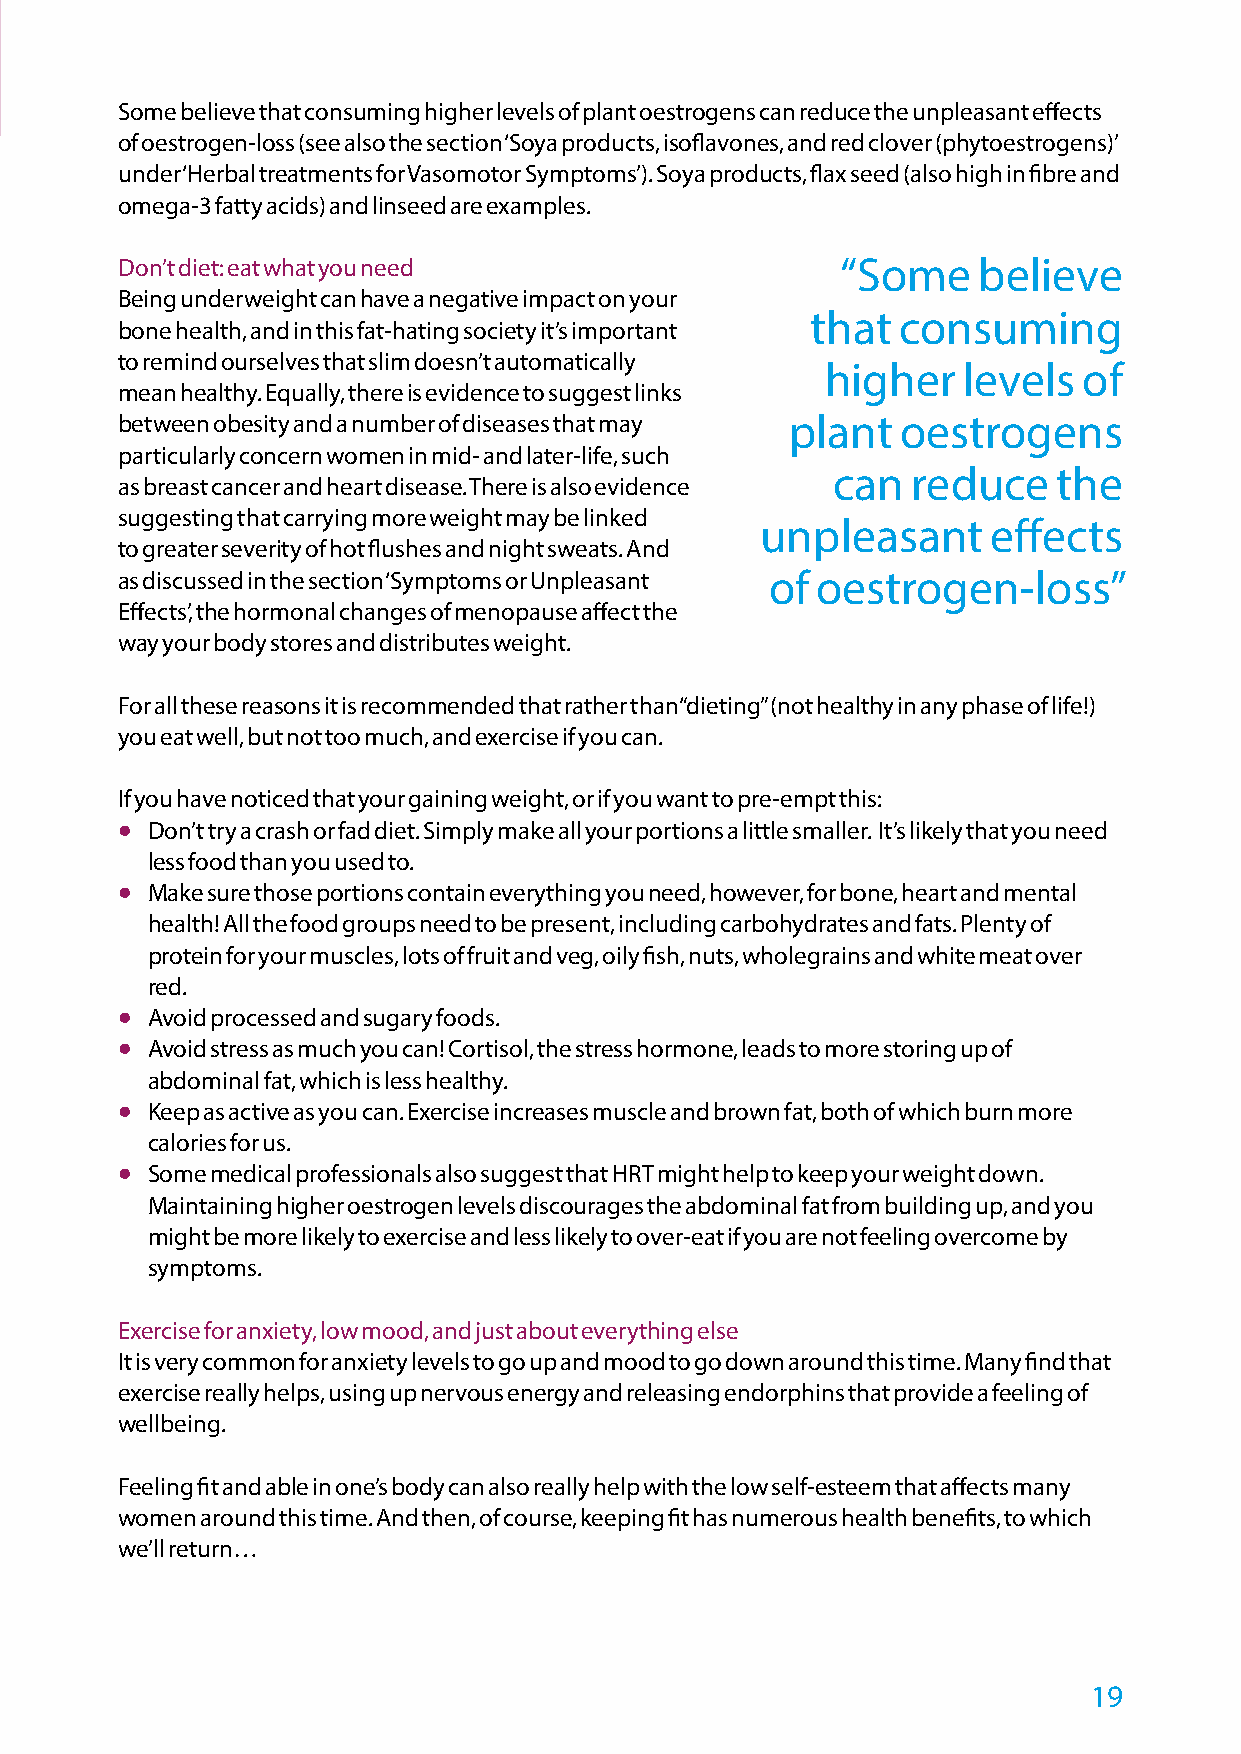
Some believe that consuming higher levels of plant oestrogens can reduce the unpleasant effects
 of oestrogen-loss (see also the section ‘Soya products, isoflavones, and red clover (phytoestrogens)’
 under ‘Herbal treatments for Vasomotor Symptoms’). Soya products, flax seed (also high in fibre and
 omega-3 fatty acids) and linseed are examples.
 Don’t diet: eat what you need                   “Some    believe
 Being underweight can have a negative impact on your
 that consuming
 bone health, and in this fat-hating society it’s important
 to remind ourselves that slim doesn’t automatically
 higher   levels  of
 mean healthy. Equally, there is evidence to suggest links
 between obesity and a number of diseases that may plant oestrogens
 particularly concern women in mid- and later-life, such
 can  reduce    the
 as breast cancer and heart disease. There is also evidence
 suggesting that carrying more weight may be linked
 unpleasant      effects
 to greater severity of hot flushes and night sweats. And
 as discussed in the section ‘Symptoms or Unpleasant of oestrogen-loss”
 Effects’, the hormonal changes of menopause affect the
 way your body stores and distributes weight.
 For all these reasons it is recommended that rather than “dieting” (not healthy in any phase of life!)
 you eat well, but not too much, and exercise if you can.
 If you have noticed that your gaining weight, or if you want to pre-empt this:
 •
 Don’t try a crash or fad diet. Simply make all your portions a little smaller. It’s likely that you need
 less food than you used to.
 •
 Make sure those portions contain everything you need, however, for bone, heart and mental
 health! All the food groups need to be present, including carbohydrates and fats. Plenty of
 protein for your muscles, lots of fruit and veg, oily fish, nuts, wholegrains and white meat over
 red.
 •
 Avoid processed and sugary foods.
 •
 Avoid stress as much you can! Cortisol, the stress hormone, leads to more storing up of
 abdominal fat, which is less healthy.
 •
 Keep as active as you can. Exercise increases muscle and brown fat, both of which burn more
 calories for us.
 •
 Some medical professionals also suggest that HRT might help to keep your weight down.
 Maintaining higher oestrogen levels discourages the abdominal fat from building up, and you
 might be more likely to exercise and less likely to over-eat if you are not feeling overcome by
 symptoms.
 Exercise for anxiety, low mood, and just about everything else
 It is very common for anxiety levels to go up and mood to go down around this time. Many find that
 exercise really helps, using up nervous energy and releasing endorphins that provide a feeling of
 wellbeing.
 Feeling fit and able in one’s body can also really help with the low self-esteem that affects many
 women around this time. And then, of course, keeping fit has numerous health benefits, to which
 we’ll return…
 19